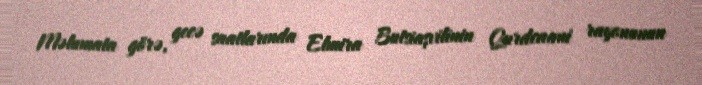
Məlumata görə, gecə saatlarında Elmira Butsiaşvilinin Qurdcaani rayonunun